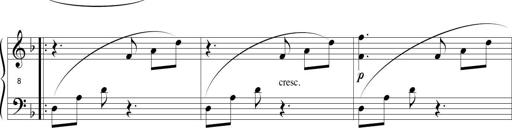
Title: Sonatina in D minor
Composer: Paul Csige
Key: D minor